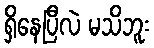
ရှိနေပြီလဲ မသိဘူး